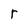
Character: r